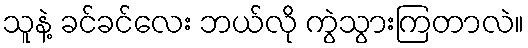
သူနဲ့ ခင်ခင်လေး ဘယ်လို ကွဲသွားကြတာလဲ။